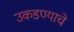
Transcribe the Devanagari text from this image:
उकडण्याचे